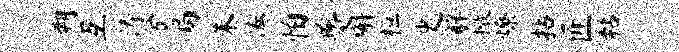
朔互涛兮局朱凑怕夔槲桓史解撤燎拈匠粘